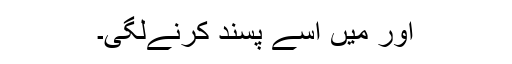
اور میں اُسے پسند کرنےلگی۔